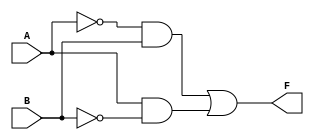
module two_variable_kmap (
    input wire A, // First input variable
    input wire B, // Second input variable
    output wire F // Output variable
);

// Combinational logic for the output F based on the K-map
assign F = (~A & B) | (A & ~B); // F = B' + AB'

endmodule